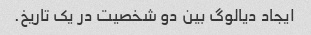
ایجاد دیالوگ بین دو شخصیت در یک تاریخ.